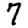
Digit: 7